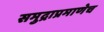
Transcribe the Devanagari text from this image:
समुद्राप्रमाणेच